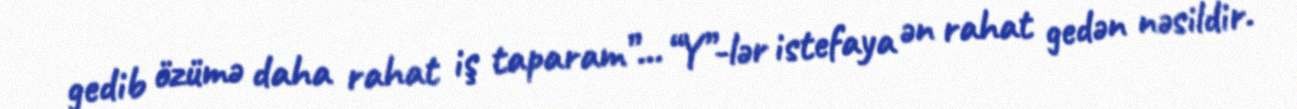
gedib özümə daha rahat iş taparam”... “Y”-lər istefaya ən rahat gedən nəsildir.